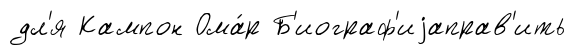
дл'я Кампон Ома́р Б'иограф'иjаправ'ить